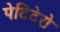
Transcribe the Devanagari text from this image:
पेटिटेरो